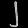
Digit: ၂